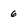
Character: 6